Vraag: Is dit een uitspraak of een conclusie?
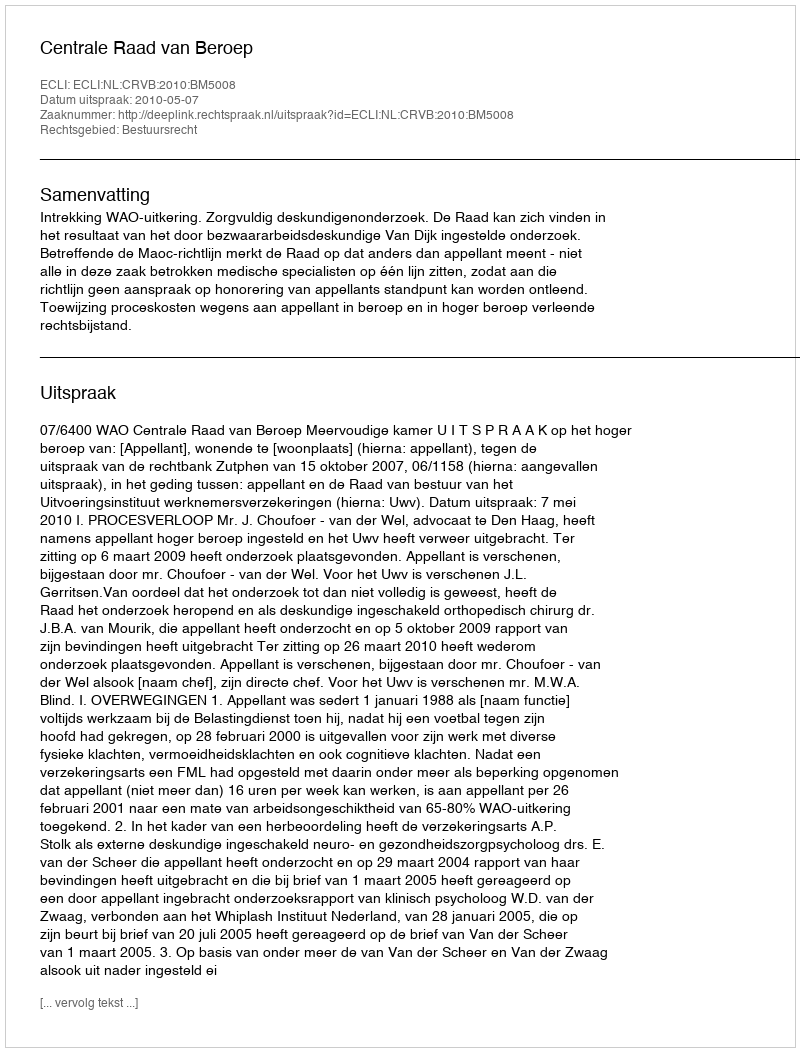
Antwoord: Uitspraak